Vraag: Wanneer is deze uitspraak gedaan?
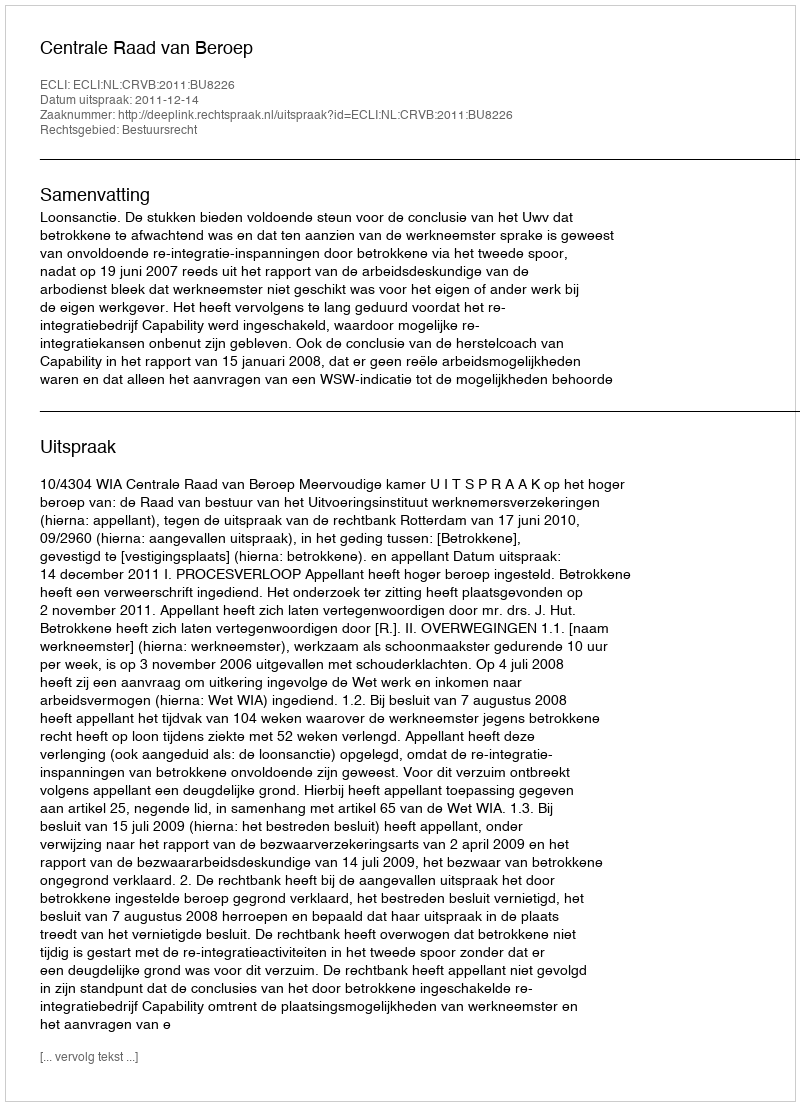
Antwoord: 2011-12-14